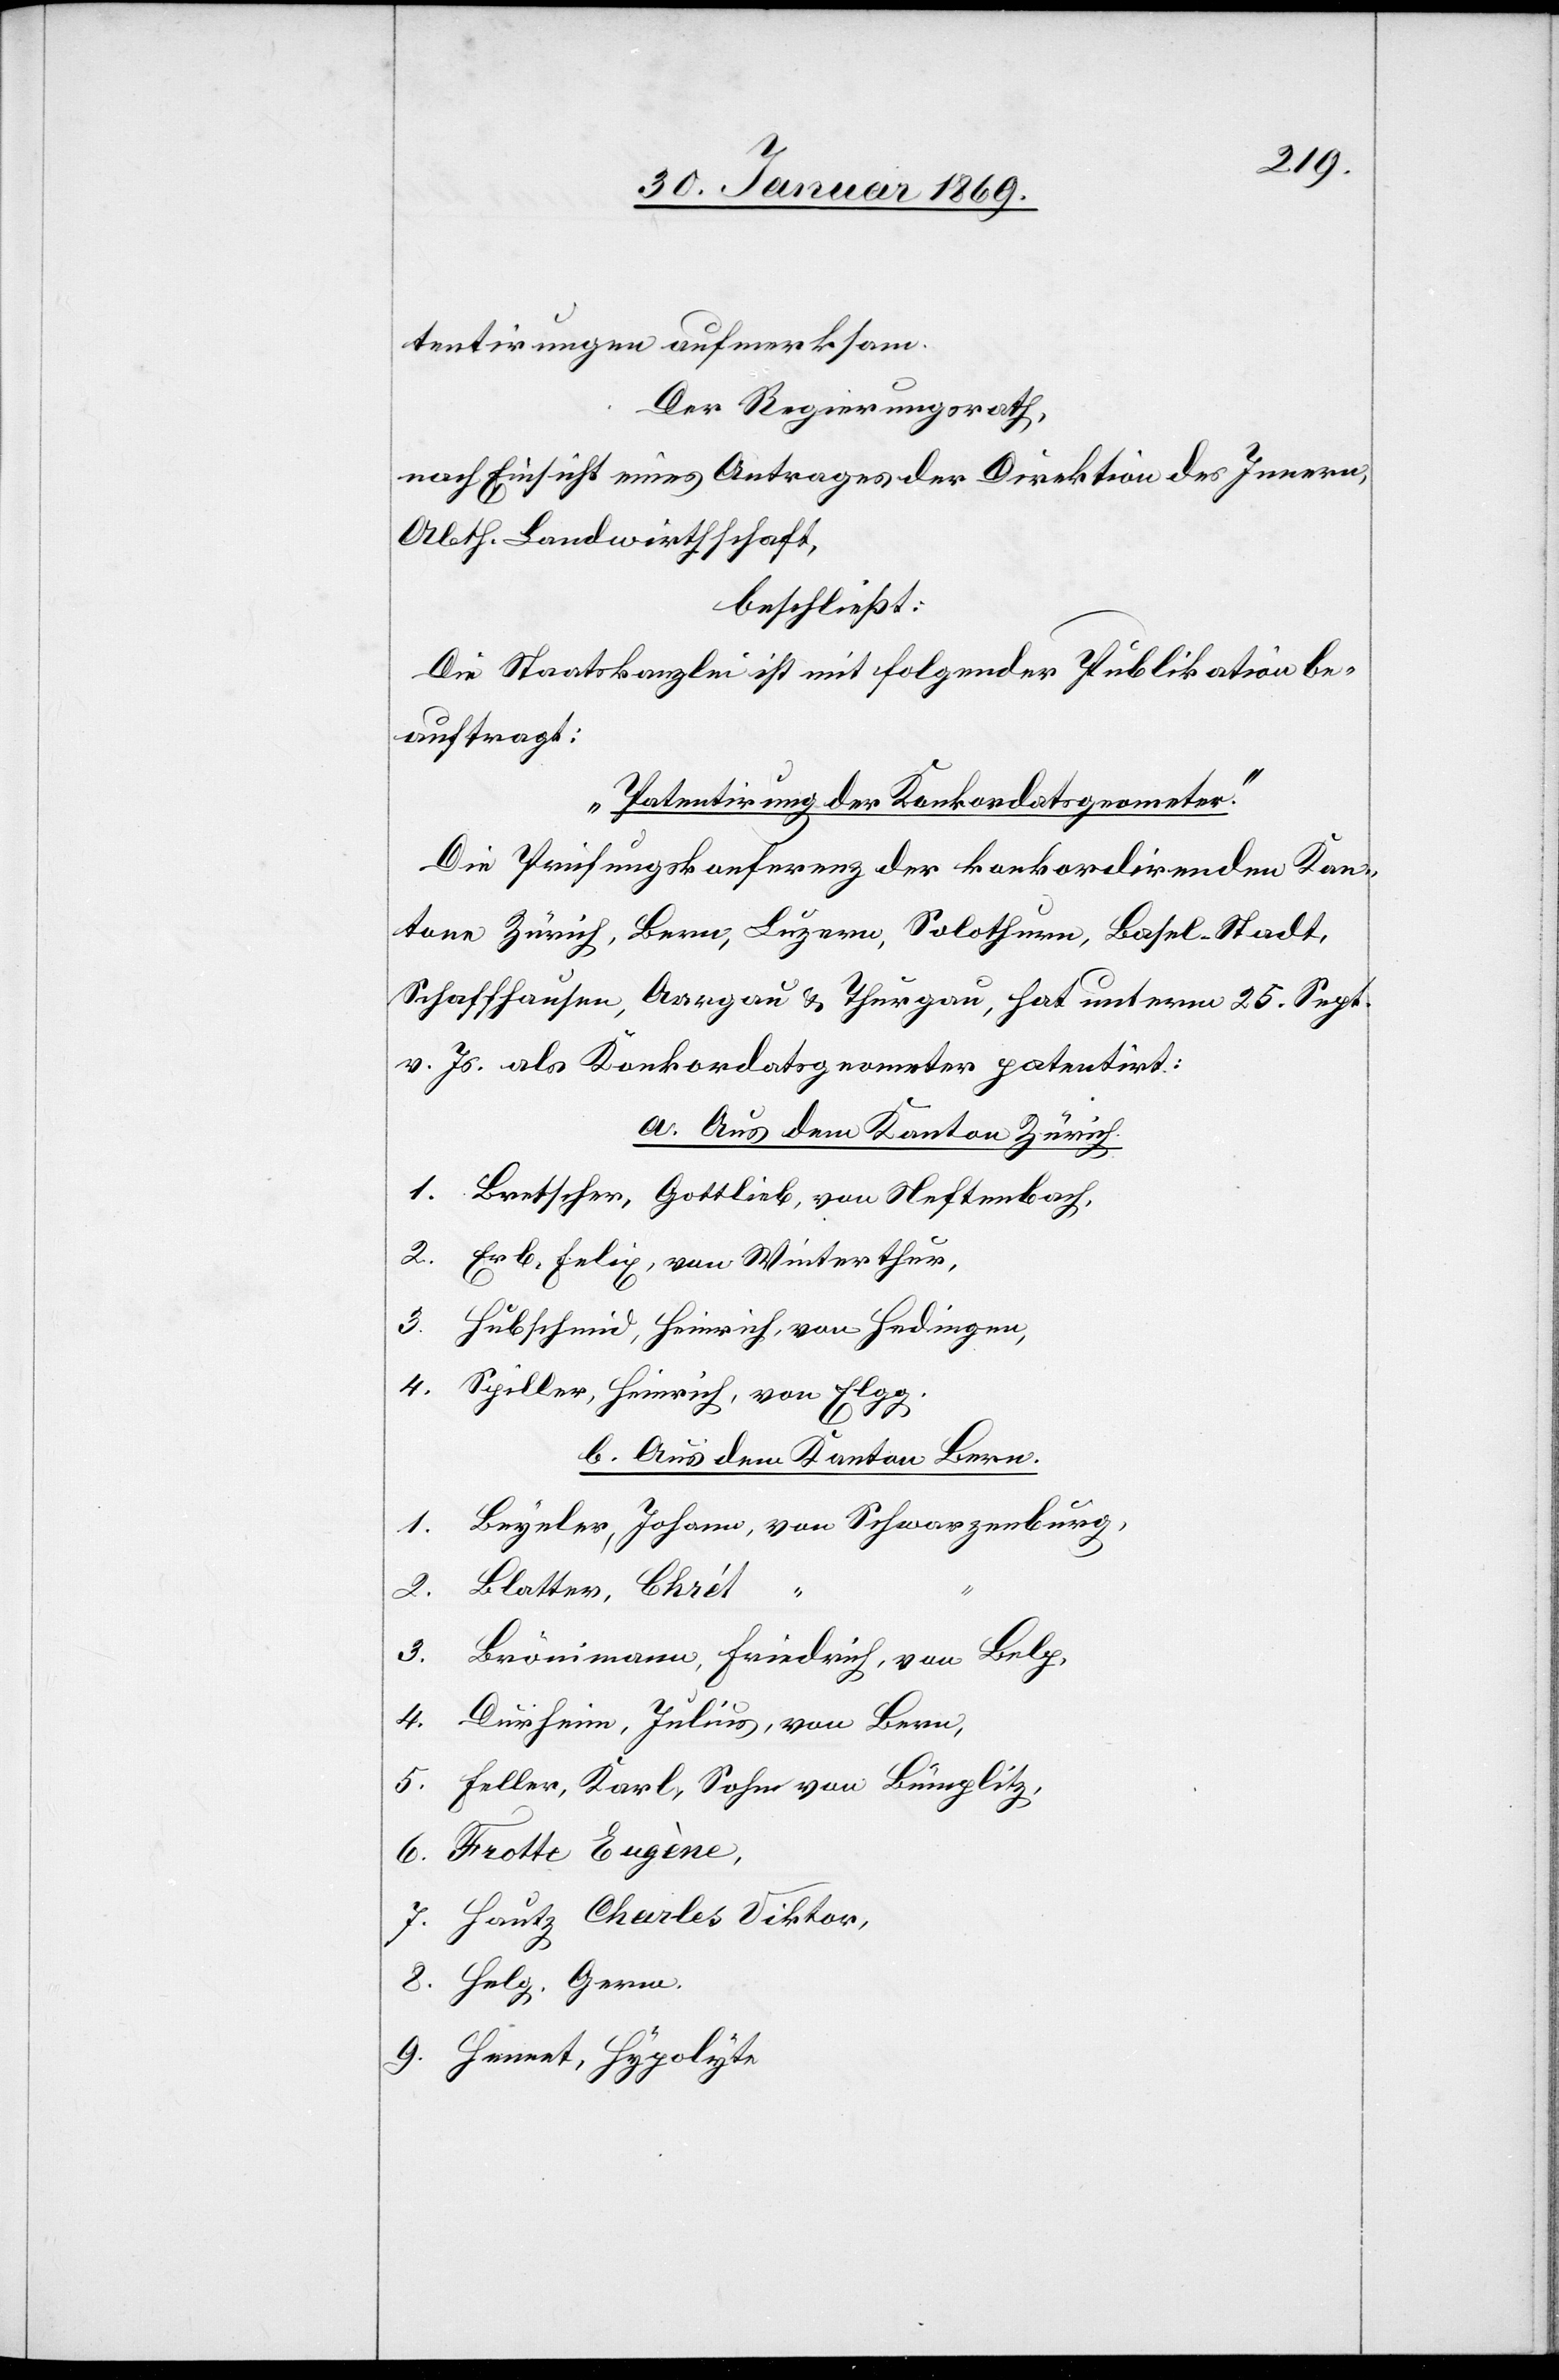
tentirungen aufmerksam.
Der Regierungsrath,
nach Einsicht eines Antrages der Direktion des Innern,
Abth. Landwirthschaft,
beschließt:
Die Staatskanzlei ist mit folgender Publikation be¬
auftragt:
„Patentirung der Konkordatsgeometer.“
Die Prüfungskonferenz der konkordirenden Kan¬
tone Zürich, Bern, Luzern, Solothurn, Basel-Stadt,
Schaffhausen, Aargau u. Thurgau, hat unterm 25. Sept.
v. Js. als Konkordatsgeometer patentirt:
a. Aus dem Kanton Zürich.
1. Bretscher, Gottlieb, von Neftenbach,
2. Erb, Felix, von Winterthur,
3. Hubschmid, Heinrich, von Hedingen,
4. Spiller, Heinrich, von Elgg.
b. Aus dem Kanton Bern.
1. Beyeler, Johann, von Schwarzenburg,
2. Blatter, Chrét,
3. Brönimann, Friedrich, von Belp,
4. Durheim, Julius, von Bern,
5. Feller, Karl, Sohn von Bümplitz,
6. Frotte Eugène,
7. Hautz, Charles Viktor,
8. Helg. Germ.
9. Henret, Hypolyte